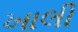
ખાલી